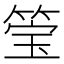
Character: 𮵶